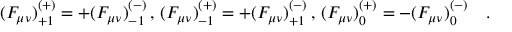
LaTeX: ( F _ { \mu \nu } ) _ { + 1 } ^ { ( + ) } = + ( F _ { \mu \nu } ) _ { - 1 } ^ { ( - ) } \, , \, ( F _ { \mu \nu } ) _ { - 1 } ^ { ( + ) } = + ( F _ { \mu \nu } ) _ { + 1 } ^ { ( - ) } \, , \, ( F _ { \mu \nu } ) _ { 0 } ^ { ( + ) } = - ( F _ { \mu \nu } ) _ { 0 } ^ { ( - ) } \quad .